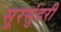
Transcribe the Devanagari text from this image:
सूरसुंदरी